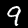
Digit: 9